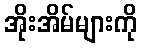
အိုးအိမ်များကို